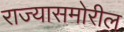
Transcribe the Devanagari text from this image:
राज्यासमोरील